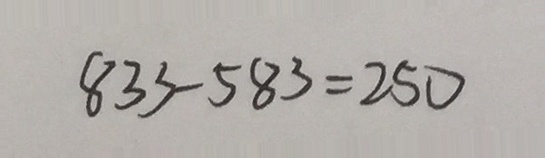
8 3 3 - 5 8 3 = 2 5 0